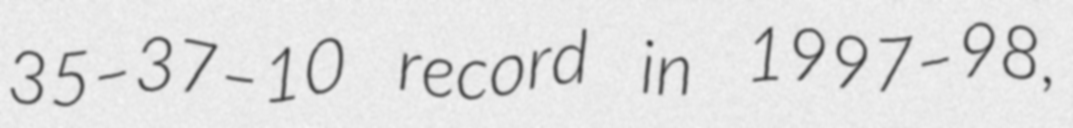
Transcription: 35–37–10 record in 1997–98,